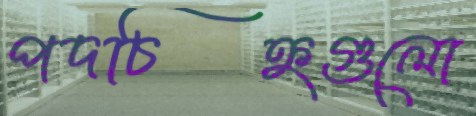
পদচিহ্নগুলো